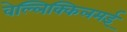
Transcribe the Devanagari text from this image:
वेल्लिक्किलमई